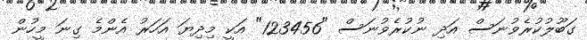
ގަބޫލުކުރެވުނަސް އަދި ނުކުރެވުނަސް "123456" އަކީ މިދިޔަ އަހަރު އެންމެ ގިނަ މީހުން